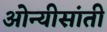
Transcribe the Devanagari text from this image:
ओन्यीसांती